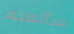
سأتعلم